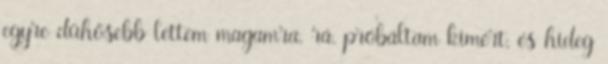
egyre dühösebb lettem magamra, rá, próbáltam kimért, és hideg